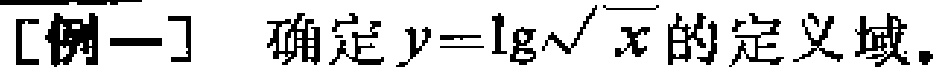
[例一] 确定 \(y = \lg\sqrt{x}\) 的定义域。